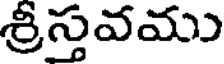
శ్రీస్తవము